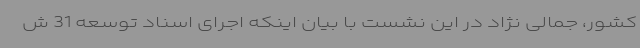
کشور، جمالی نژاد در این نشست با بیان اینکه اجرای اسناد توسعه 31 ش